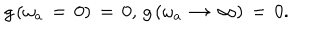
g \left( \omega _ { a } \, = \, 0 \right) \, = \, 0 , \, g \left( \omega _ { a } \, \rightarrow \, \infty \right) \, = \, 0 .